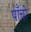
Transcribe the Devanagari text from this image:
पाॅंचो